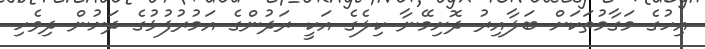
އިހުގެ މަގާމުތަކަށް ބަލާއިރު ދޮށިމޭނާ ކިލެގެ އަކީ ރަދުންގެ އަމުރުފުޅުގެ ދަށުން ދިވެހި